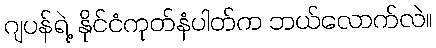
ဂျပန်ရဲ့ နိုင်ငံကုတ်နံပါတ်က ဘယ်လောက်လဲ။